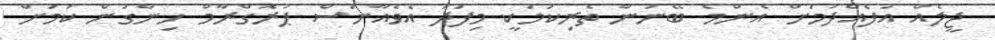
ޖީލެއް އުފެއްދުމަށް އެންމެ ބޭނުން ތެރިކަމަކީ މިފަދަ އެވެއާނަސް ޕުރޮގްރާމް ހިންގުން ކަމަށް